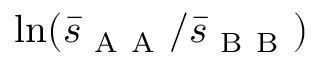
\ln ( \bar { s } _ { \mathrm { ~ A ~ A ~ } } / \bar { s } _ { \mathrm { ~ B ~ B ~ } } )